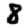
Digit: 8